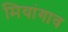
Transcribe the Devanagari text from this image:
मियांगाव